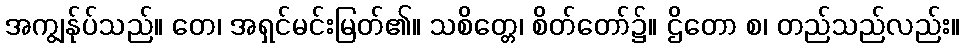
အကျွန်ုပ်သည်။ တေ၊ အရှင်မင်းမြတ်၏။ သစိတ္တေ၊ စိတ်တော်၌။ ဌိတော စ၊ တည်သည်လည်း။